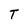
Character: T